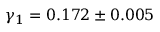
\gamma _ { 1 } = 0 . 1 7 2 \pm 0 . 0 0 5